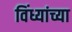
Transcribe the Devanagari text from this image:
विंध्यांच्या